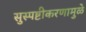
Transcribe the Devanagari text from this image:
सुस्पष्टीकरणामुळे